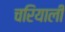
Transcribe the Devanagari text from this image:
चरियाली